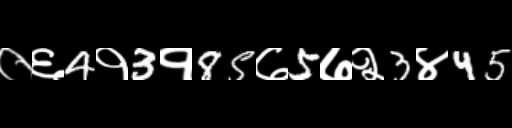
Text: ०६4१3१85७5७२3४45